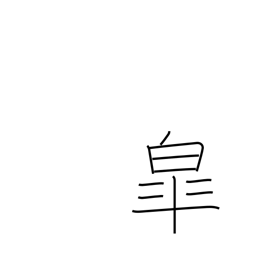
Meaning: fifth month